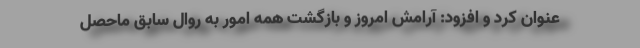
عنوان کرد و افزود: آرامش امروز و بازگشت همه امور به روال سابق ماحصل